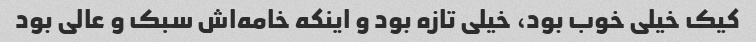
کیک خیلی خوب بود، خیلی تازه بود و اینکه خامه‌اش سبک و عالی بود